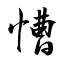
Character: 慒